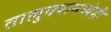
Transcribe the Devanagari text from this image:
तालुक्यामध्येही